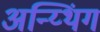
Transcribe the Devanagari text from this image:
अन्य्थिंग